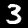
Label: 3